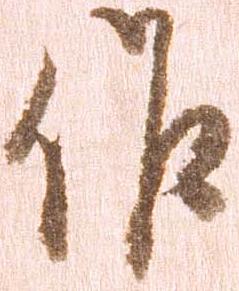
作